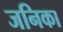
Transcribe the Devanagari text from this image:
जनिका